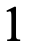
1